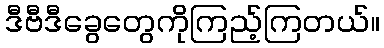
ဒီဗီဒီခွေတွေကိုကြည့်ကြတယ်။